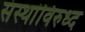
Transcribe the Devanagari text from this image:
संस्थांविरुध्द